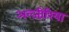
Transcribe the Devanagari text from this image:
अल्जी़रिया